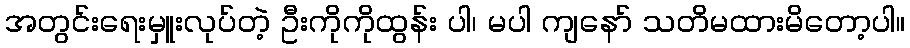
အတွင်းရေးမှူးလုပ်တဲ့ ဦးကိုကိုထွန်း ပါ၊ မပါ ကျနော် သတိမထားမိတော့ပါ။